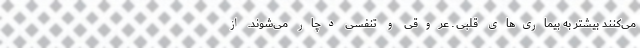
می‌کنند بیشتر به بیماری‌های قلبی ـ عروقی و تنفسی دچار می‌شوند. از